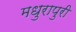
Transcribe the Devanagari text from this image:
मधुरापुरी